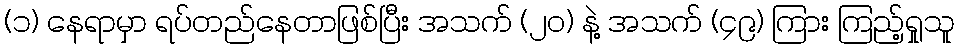
(၁) နေရာမှာ ရပ်တည်နေတာဖြစ်ပြီး အသက် (၂၀) နဲ့ အသက် (၄၉) ကြား ကြည့်ရှုသူ